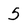
Character: 5